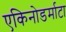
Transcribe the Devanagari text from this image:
एकिनोडर्माटा